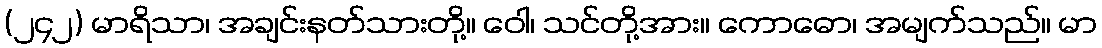
(၂၄၂) မာရိသာ၊ အချင်းနတ်သားတို့။ ဝေါ၊ သင်တို့အား။ ကောဓော၊ အမျက်သည်။ မာ